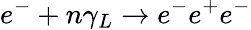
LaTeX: e^{-}+n\gamma_{L}\rightarrow e^{-}e^{+}e^{-}